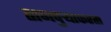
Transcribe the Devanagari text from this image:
तानपुऱ्याकरता